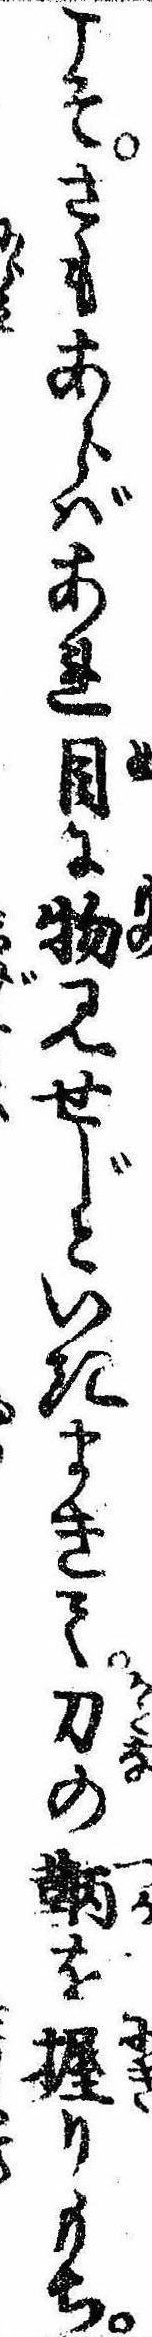
こそさもあらばあれ目に物見せじといきまきて刀の鞆を握りもち